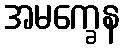
အမက္ခေန